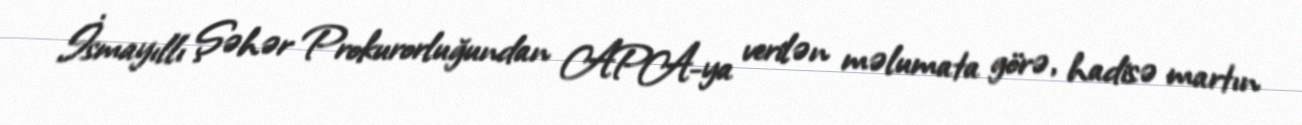
İsmayıllı Şəhər Prokurorluğundan APA-ya verilən məlumata görə, hadisə martın